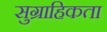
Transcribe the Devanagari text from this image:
सुग्राहिकता